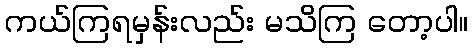
ကယ်ကြရမှန်းလည်း မသိကြ တော့ပါ။